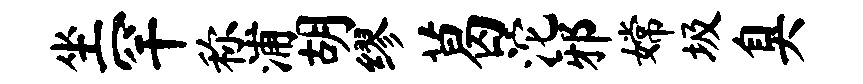
坐罕称浦胡缪葛沱邪嫦圾臭